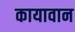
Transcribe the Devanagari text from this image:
कायावान